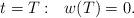
LaTeX: \begin{align*}t=T:~~w(T)=0.\end{align*}